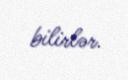
bilirlər.